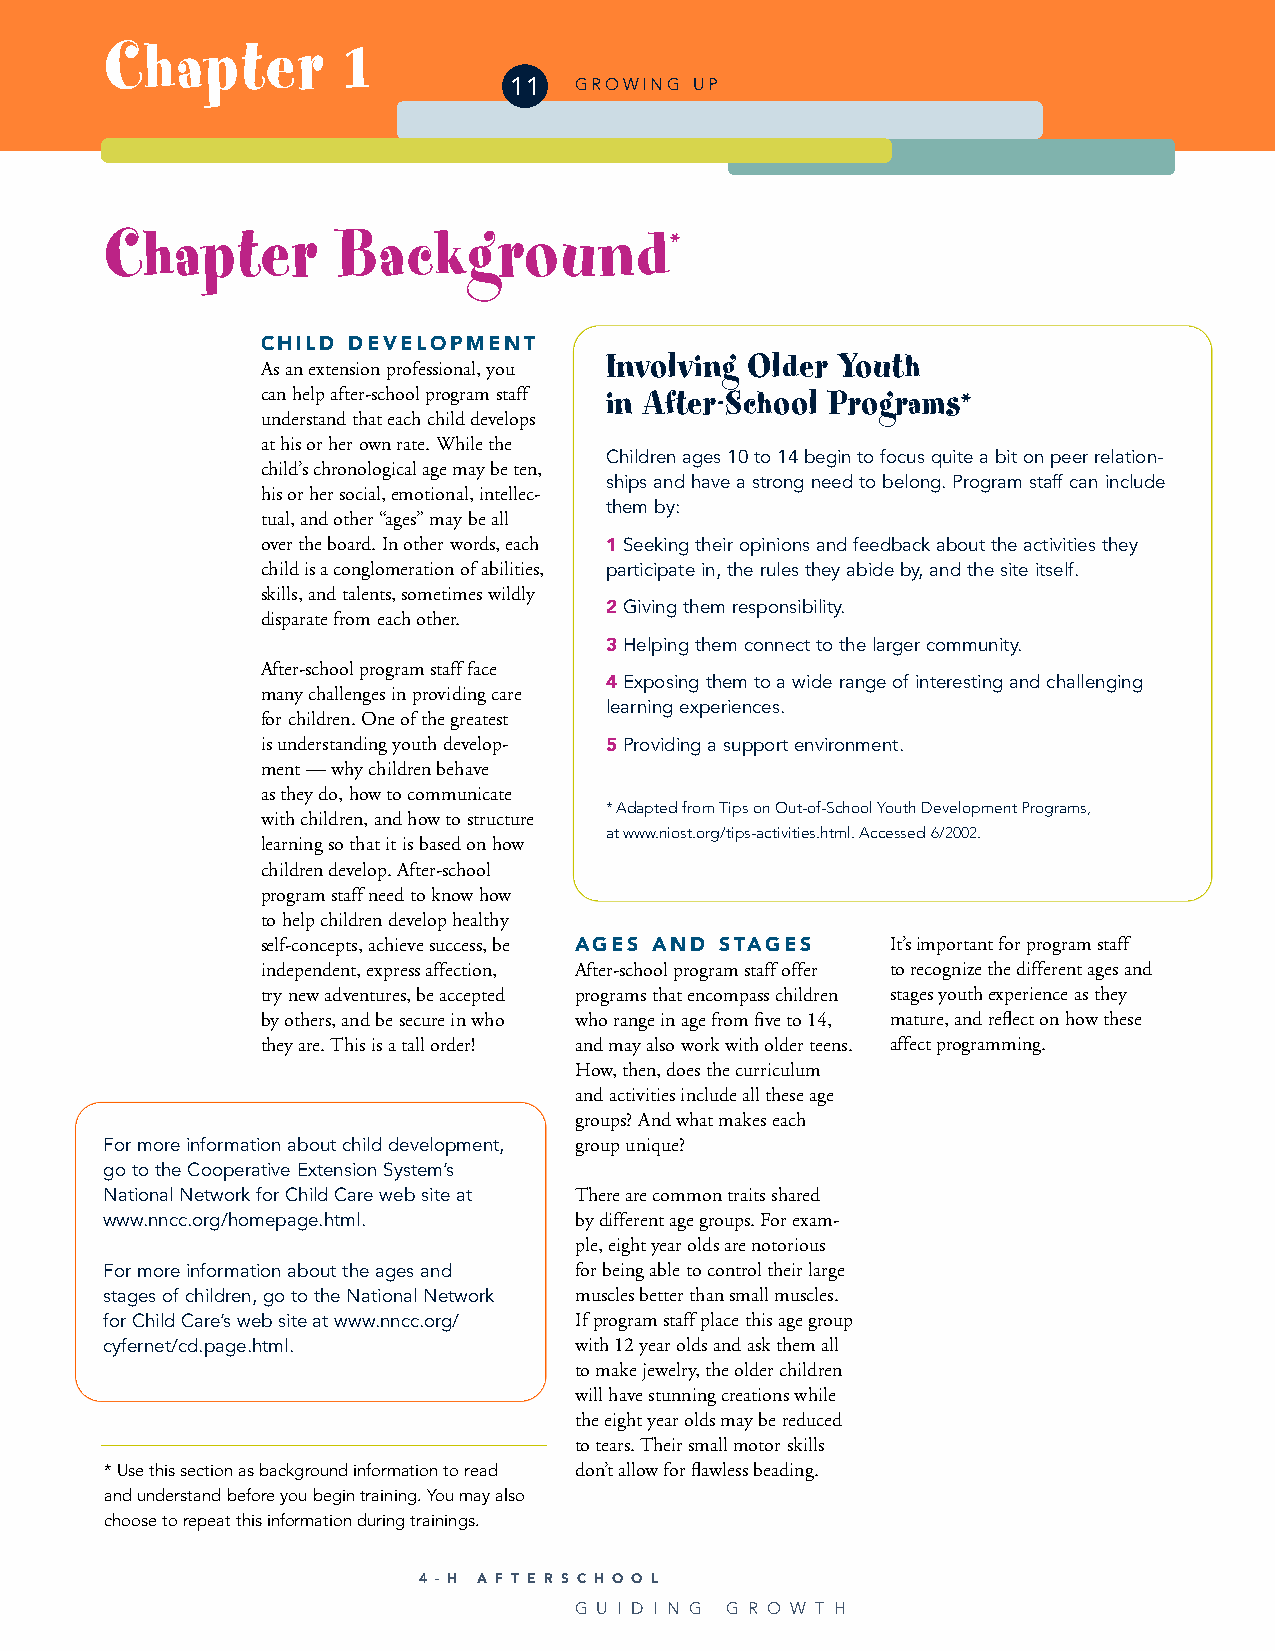
Chapter         1
 11  GROWING UP
 Chapter        Background*
 CHILD DEVELOPMENT
 Involving Older Youth
 As an extension professional, you
 can help after-school program staff in After-School Programs*
 understand that each child develops
 at his or her own rate. While the
 Children ages 10 to 14 begin to focus quite a bit on peer relation-
 child’s chronological age may be ten,
 ships and have a strong need to belong. Program staff can include
 his or her social, emotional, intellec-
 them by:
 tual, and other “ages” may be all
 over the board. In other words, each 1 Seeking their opinions and feedback about the activities they
 child is a conglomeration of abilities, participate in, the rules they abide by, and the site itself.
 skills, and talents, sometimes wildly
 2 Giving them responsibility.
 disparate from each other.
 3 Helping them connect to the larger community.
 After-school program staff face
 4 Exposing them to a wide range of interesting and challenging
 many challenges in providing care
 learning experiences.
 for children. One of the greatest
 is understanding youth develop- 5 Providing a support environment.
 ment — why children behave
 as they do, how to communicate
 * Adapted from Tips on Out-of-School Youth Development Programs,
 with children, and how to structure
 at www.niost.org/tips-activities.html. Accessed 6/2002.
 learning so that it is based on how
 children develop. After-school
 program staff need to know how
 to help children develop healthy
 self-concepts, achieve success, be AGES AND STAGES It’s important for program staff
 independent, express affection, After-school program staff offer to recognize the different ages and
 try new adventures, be accepted programs that encompass children stages youth experience as they
 by others, and be secure in who who range in age from five to 14, mature, and reflect on how these
 they are. This is a tall order! and may also work with older teens. affect programming.
 How, then, does the curriculum
 and activities include all these age
 groups? And what makes each
 For more information about child development, group unique?
 go to the Cooperative Extension System’s
 National Network for Child Care web site at There are common traits shared
 www.nncc.org/homepage.html.    by different age groups. For exam-
 ple, eight year olds are notorious
 For more information about the ages and for being able to control their large
 stages of children, go to the National Network muscles better than small muscles.
 for Child Care’s web site at www.nncc.org/ If program staff place this age group
 cyfernet/cd.page.html.         with 12 year olds and ask them all
 to make jewelry, the older children
 will have stunning creations while
 the eight year olds may be reduced
 to tears. Their small motor skills
 * Use this section as background information to read don’t allow for flawless beading.
 and understand before you begin training. You may also
 choose to repeat this information during trainings.
 4 - H A F T E R S C H O O L
 G U I D I N G G R O W T H